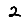
Digit: 2